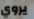
يروي